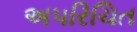
અ૫રિચિત